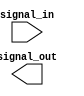
module ECL_buffer(
  input signal_in,
  output signal_out
);

// ECL Buffering logic here

endmodule